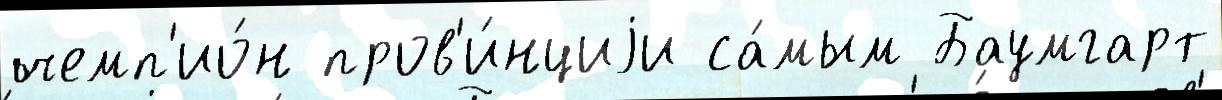
чемп'ио́н пров'и́нциjи са́мым Баумгарт